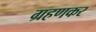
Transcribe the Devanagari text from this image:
ग्रहणकर